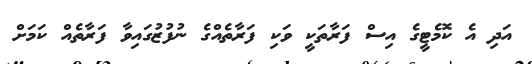
އަދި އެ ކޮމެޓީގެ އިސް ފަރާތަކީ ވަކި ފަރާތެއްގެ ނުފުޒުގައިވާ ފަރާތެއް ކަމަށް